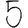
Digit: 5